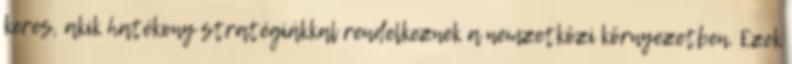
keres, akik hatékony stratégiákkal rendelkeznek a nemzetközi környezetben. Ezek